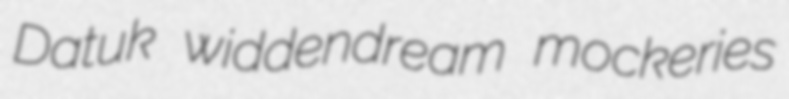
Datuk widdendream mockeries